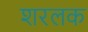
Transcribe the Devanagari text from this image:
शरलक